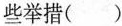
D.实现了绝对平等的理念